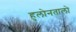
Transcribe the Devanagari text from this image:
हुलोनतालो